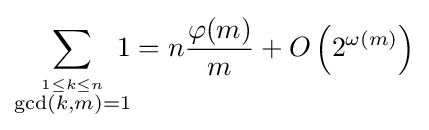
\sum _{\stackrel {1\leq k\leq n}{\operatorname {gcd} (k,m)=1}}\!\!\!\!1=n{\frac {\varphi (m)}{m}}+O\left(2^{\omega (m)}\right)